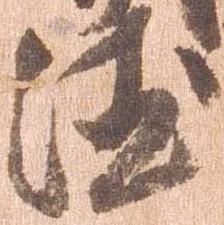
徳